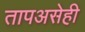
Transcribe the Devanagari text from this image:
तापअसेही